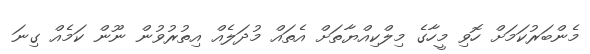
މެންބަރުކަމަށް ހޮވި މީހާގެ މިލްކިއްޔާތަށް އެތައް މުދަލެއް އިތުރުވުން ނޫން ކަމެއް ގިނަ